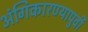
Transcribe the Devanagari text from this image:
अंगिकारण्यापुर्वी